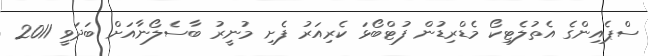
ސްޕެއިންގެ އެތުލެޓިކޯ މެޑްރިޑުން ފުޓްބޯޅަ ކެރިއަރު ފެށި މުނީރު ބާސެލޯނާއަށް ބަދަވީ 2011